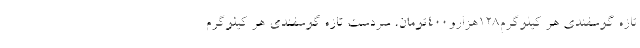
تازه گوسفندی هر کیلوگرم۱۲۸هزارو۴۰۰تومان، سردست تازه گوسفندی هر کیلوگرم